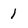
Character: 1